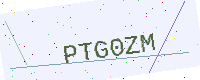
Text: PTG0ZM